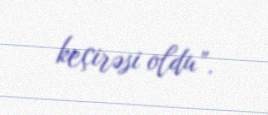
keçirəsi oldu”.